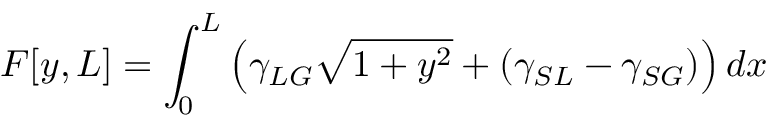
{ \cal { F } } [ y , L ] = \int _ { 0 } ^ { L } \left( \gamma _ { L G } { \sqrt { 1 + y ^ { 2 } } } + ( \gamma _ { S L } - \gamma _ { S G } ) \right) d x